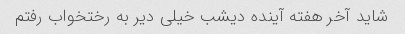
شاید آخر هفته آینده دیشب خیلی دیر به رختخواب رفتم